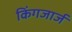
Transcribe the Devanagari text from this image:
किंगजार्ज